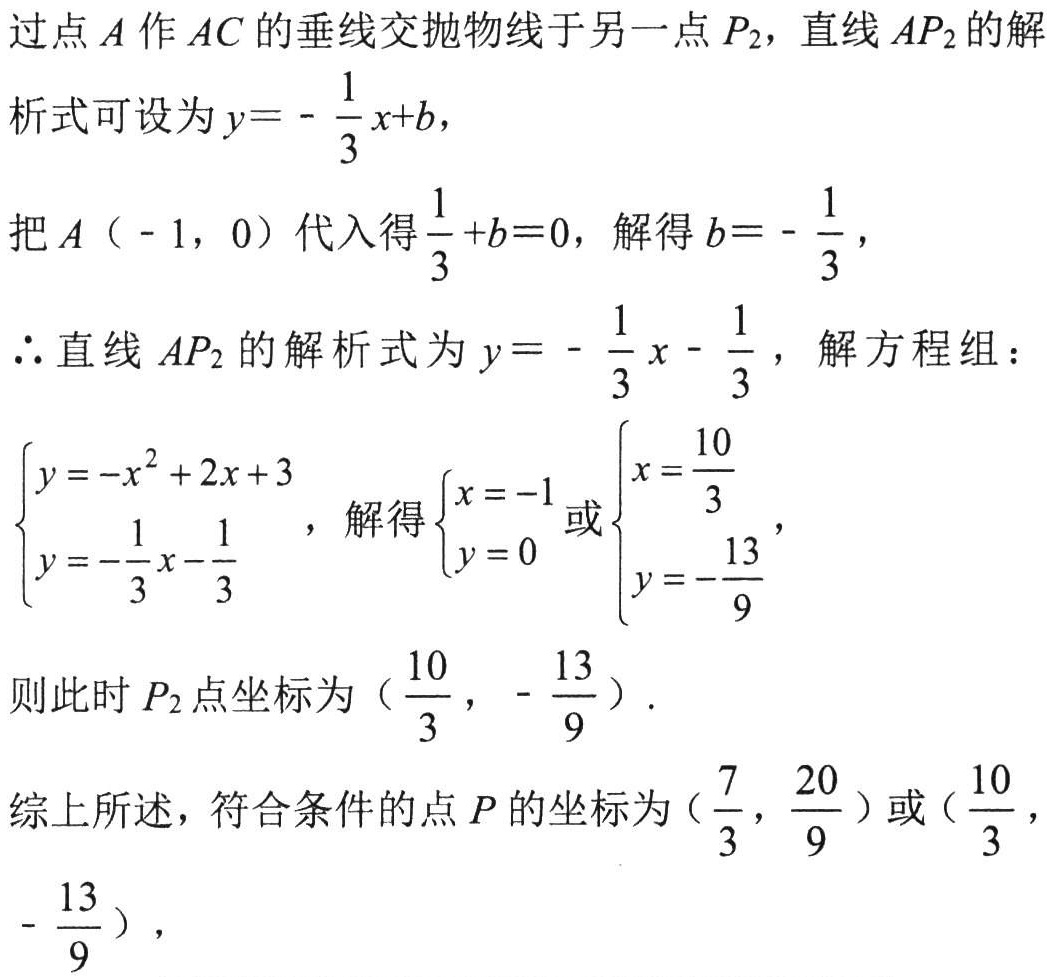
过点\(A\)作\(AC\)的垂线交抛物线于另一点\(P_{2}\)，直线\(AP_{2}\)的解析式可设为\(y = -\frac{1}{3}x + b\)，
把\(A(-1,0)\)代入得\(\frac{1}{3} + b = 0\)，解得\(b = -\frac{1}{3}\)，
\(\therefore\)直线\(AP_{2}\)的解析式为\(y = -\frac{1}{3}x - \frac{1}{3}\)，解方程组：
\(\begin{cases}y = -x^{2} + 2x + 3\\y = -\frac{1}{3}x - \frac{1}{3}\end{cases}\)，解得\(\begin{cases}x = -1\\y = 0\end{cases}\)或\(\begin{cases}x = \frac{10}{3}\\y = -\frac{13}{9}\end{cases}\)，
则此时\(P_{2}\)点坐标为\((\frac{10}{3}, -\frac{13}{9})\).
综上所述，符合条件的点\(P\)的坐标为\((\frac{7}{3}, \frac{20}{9})\)或\((\frac{10}{3}, -\frac{13}{9})\)，